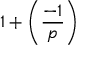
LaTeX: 1 + \left( { \frac { - 1 } { p } } \right)